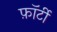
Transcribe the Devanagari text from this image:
फ़ॉर्टी